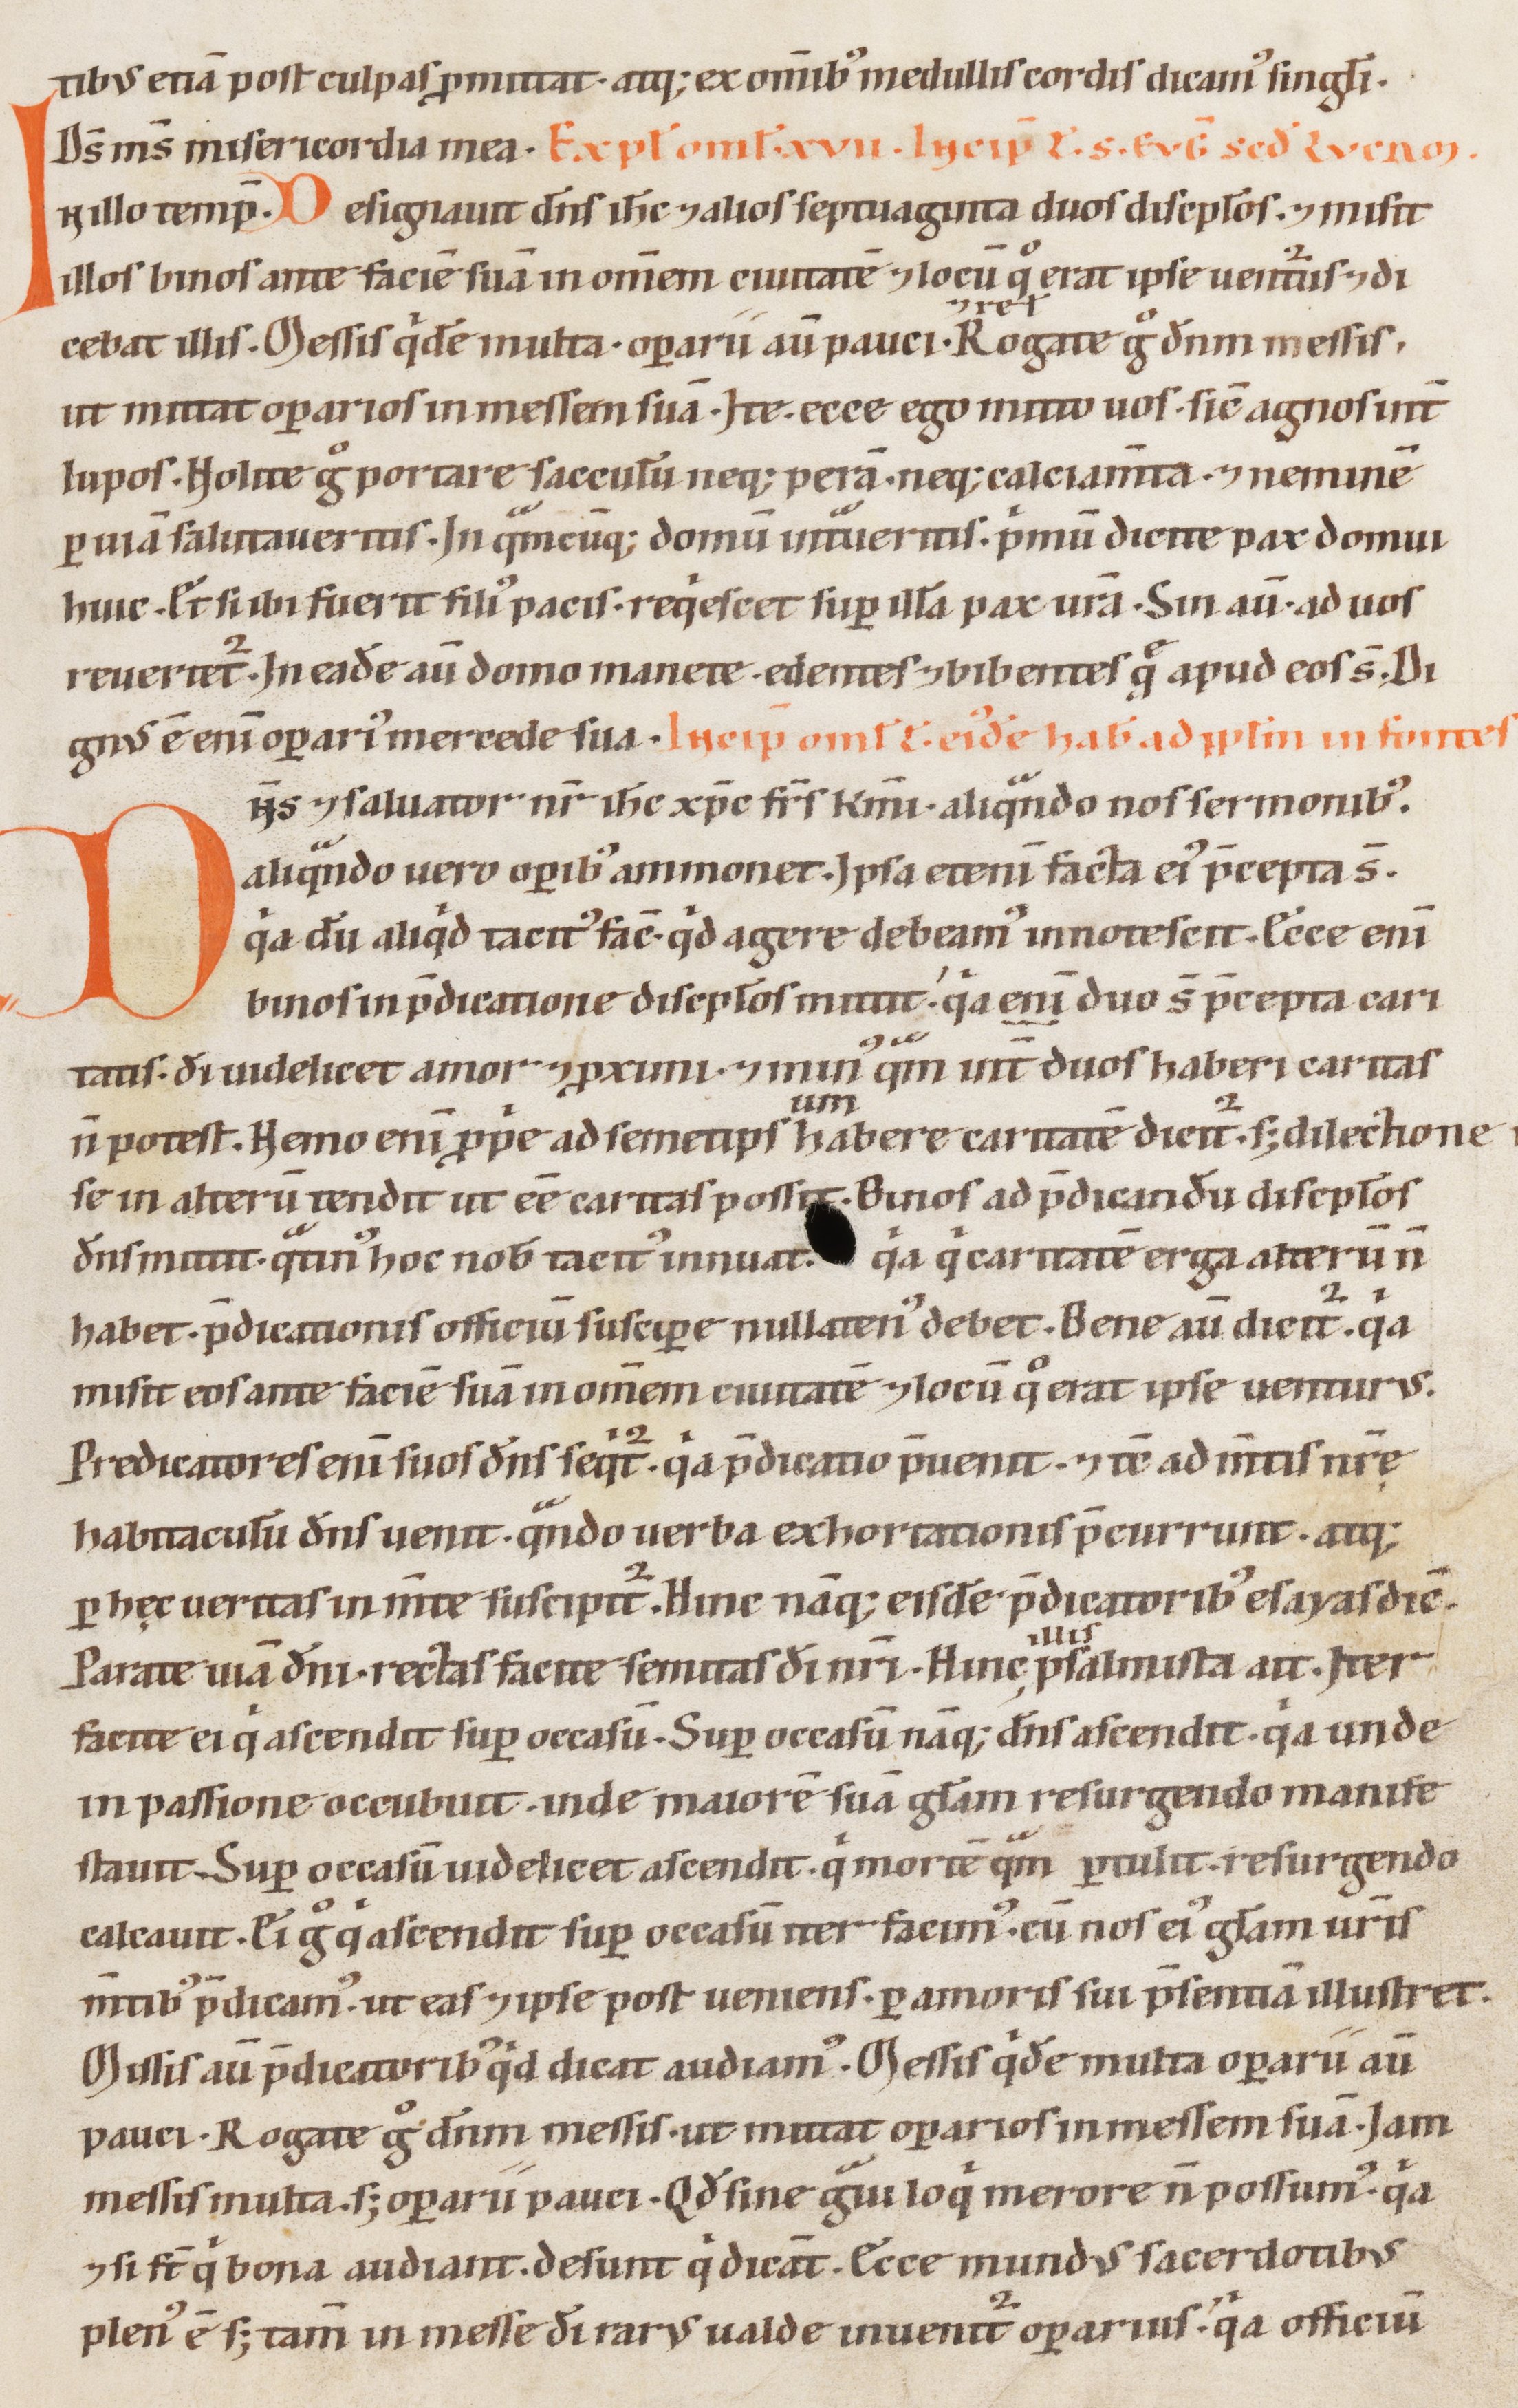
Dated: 1147–1178